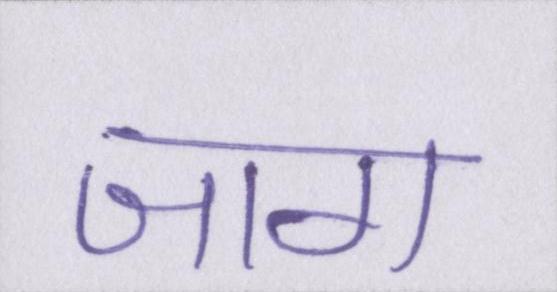
जाग